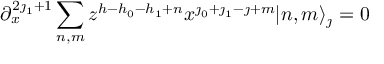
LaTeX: \partial _ { x } ^ { 2 \jmath _ { 1 } + 1 } \sum _ { n , m } z ^ { h - h _ { 0 } - h _ { 1 } + n } x ^ { \jmath _ { 0 } + \jmath _ { 1 } - \jmath + m } | n , m \rangle _ { \jmath } = 0